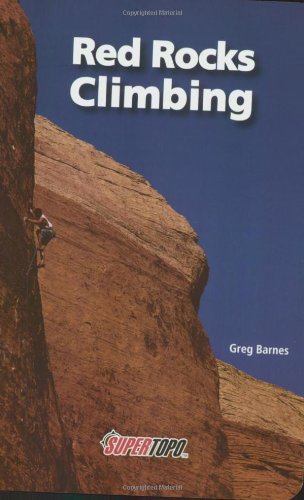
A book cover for Red Rocks Climbing: Supertopos; Greg Barnes; Sports & Outdoors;